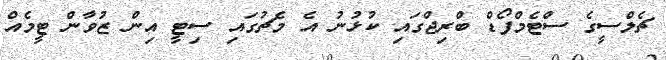
ޗެލްސީގެ ސްޓެމްފޯޑް ބްރިޖްގައި ކުޅުނު އެ މެޗުގައި ސިޓީ އިން ޒުވާން ޓީމެއް